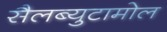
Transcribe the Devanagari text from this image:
सैलब्युटामोल